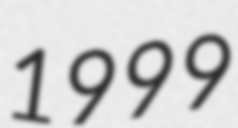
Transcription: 1999